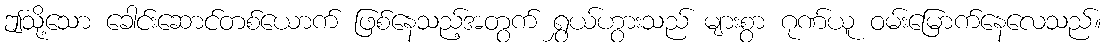
ဤသို့သော ခေါင်းဆောင်တစ်ယောက် ဖြစ်နေသည့်အတွက် ရွှယ်ဟွားသည် များစွာ ဂုဏ်ယူ ဝမ်းမြောက်နေလေသည်။